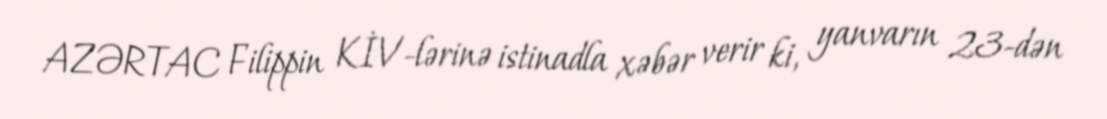
AZƏRTAC Filippin KİV-lərinə istinadla xəbər verir ki, yanvarın 23-dən